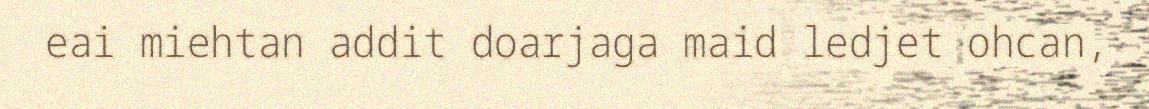
eai miehtan addit doarjaga maid ledjet ohcan,